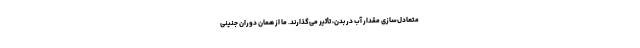
متعادل‌سازی مقدار آب در بدن، تأثیر می‌گذارند. ما از همان دوران جنینی